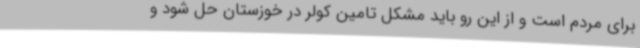
برای مردم است و از این رو باید مشکل تامین کولر در خوزستان حل شود و